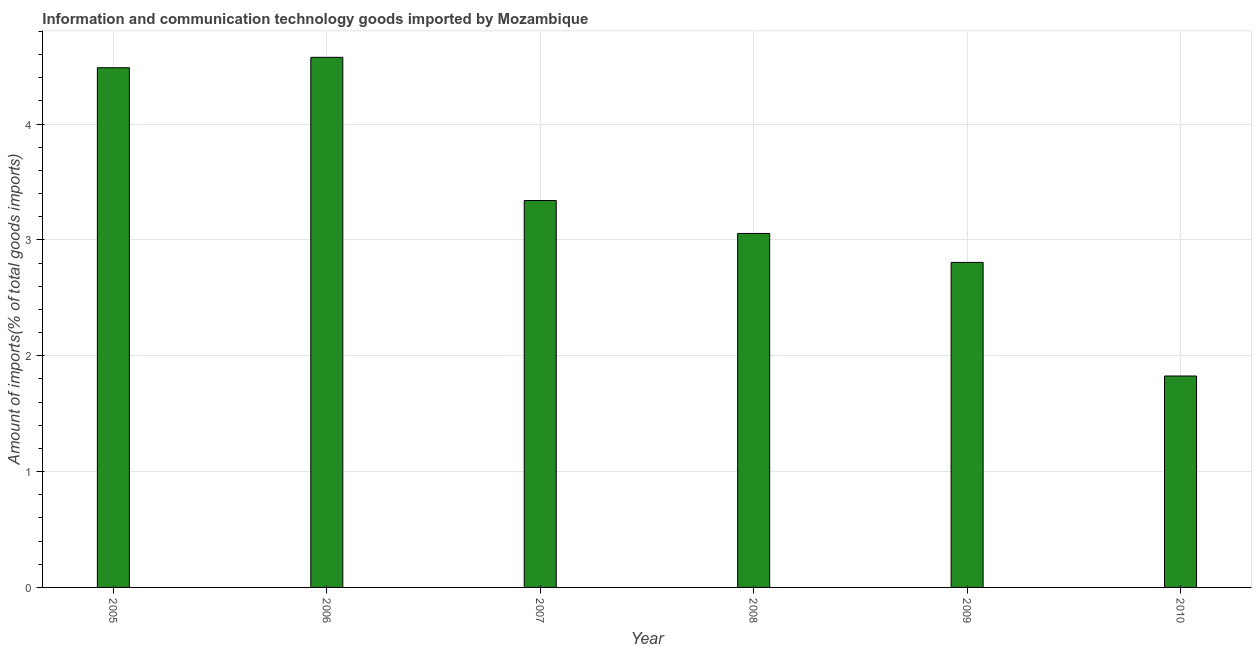
| Year | ICT goods imports |
 | --- | --- |
 | 2005 | 4.49 |
 | 2006 | 4.58 |
 | 2007 | 3.34 |
 | 2008 | 3.06 |
 | 2009 | 2.81 |
 | 2010 | 1.83 |